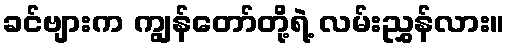
ခင်ဗျားက ကျွန်တော်တို့ရဲ့ လမ်းညွှန်လား။